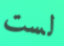
لست